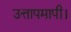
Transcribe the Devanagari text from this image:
उत्तापमापी।